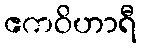
ဧကဝိဟာရီ